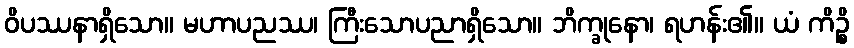
ဝိပဿနာရှိသော။ မဟာပညဿ၊ ကြီးသောပညာရှိသော။ ဘိက္ခုနော၊ ရဟန်း၏။ ယံ ကိဉ္စိ